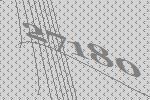
27180